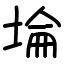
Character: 埨